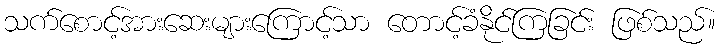
သက်စောင့်အားဆေးများကြောင့်သာ တောင့်ခံနိုင်ကြခြင်း ဖြစ်သည်။